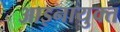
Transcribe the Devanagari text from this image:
आइनायुक्त